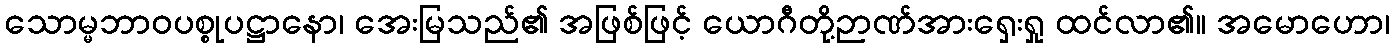
သောမ္မဘာဝပစ္စုပဋ္ဌာနော၊ အေးမြသည်၏ အဖြစ်ဖြင့် ယောဂီတို့ဉာဏ်အားရှေးရှု ထင်လာ၏။ အမောဟော၊